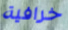
خرافية